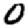
Digit: 0